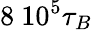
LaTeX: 8~10^{5}\tau_{B}